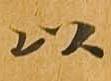
以